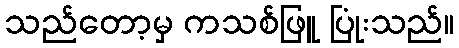
သည်တော့မှ ကသစ်ဖြူ ပြုံးသည်။